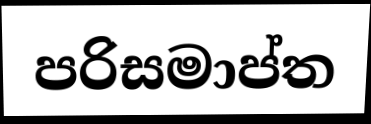
පරිසමාප්ත